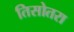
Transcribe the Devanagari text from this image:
तिसोतरा